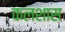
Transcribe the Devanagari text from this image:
कलशास